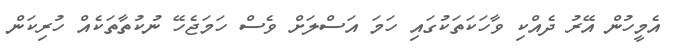
އެމީހުން އޭރު ދެއްކި ވާހަކަތަކުގައި ހަމަ އަސްލަށް ވެސް ހަމަޖެހޭ ނުކުތާތަކެއް ހުރިކަން